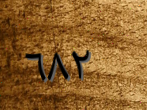
٦٨٢